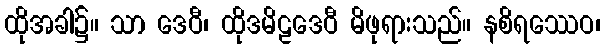
ထိုအခါ၌။ သာ ဒေဝီ၊ ထိုဒမိဠဒေဝီ မိဖုရားသည်။ နစိရဿေဝ၊